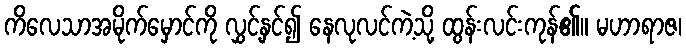
ကိလေသာအမိုက်မှောင်ကို လွှင့်နှင်၍ နေလုလင်ကဲ့သို့ ထွန်းလင်းကုန်၏။ မဟာရာဇ၊